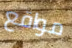
مواقع